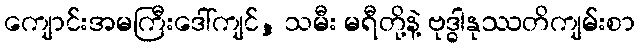
ကျောင်းအမကြီးဒေါ်ကျင်, သမီး မရီတို့နဲ့ ဗုဒ္ဓါနုဿတိကျမ်းစာ